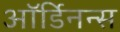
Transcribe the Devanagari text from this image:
ऑर्डिनन्स